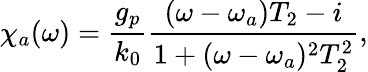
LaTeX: \chi_{a}(\omega)=\frac{g_{p}}{k_{0}}\frac{(\omega-\omega_{a})T_{2}-i}{1+(\omega-\omega_{a})^{2}T_{2}^{2}},